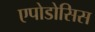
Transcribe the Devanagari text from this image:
एपोडोसिस